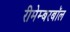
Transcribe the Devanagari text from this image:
रीमेम्बरबॉल